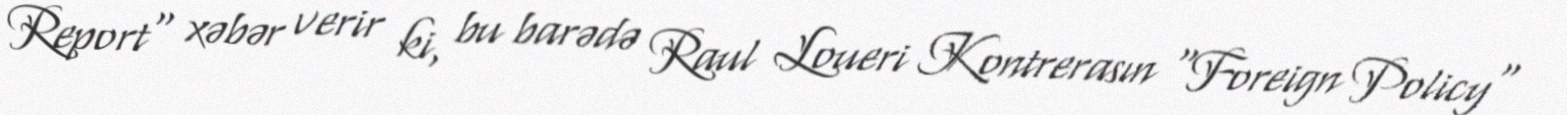
Report" xəbər verir ki, bu barədə Raul Loueri Kontrerasın "Foreign Policy"